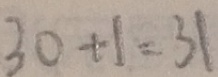
3 0 + 1 = 3 1